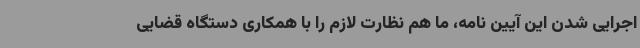
اجرایی شدن این آیین نامه، ما هم نظارت لازم را با همکاری دستگاه قضایی